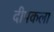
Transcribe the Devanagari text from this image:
दीपकला